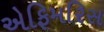
એફિમરિસ